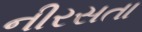
નીરસતા